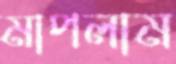
মাপলাম